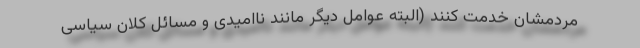
مردمشان خدمت کنند (البته عوامل دیگر مانند ناامیدی و مسائل کلان سیاسی